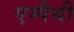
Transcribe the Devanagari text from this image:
एम्पैथी